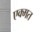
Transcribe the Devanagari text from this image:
एक्मत